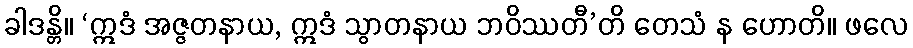
ခါဒန္တိ။ ‘ဣဒံ အဇ္ဇတနာယ, ဣဒံ သွာတနာယ ဘဝိဿတီ’တိ တေသံ န ဟောတိ။ ဖလေ